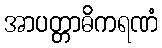
အာပတ္တာဓိကရဏံ